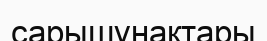
сарышұнақтары